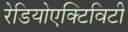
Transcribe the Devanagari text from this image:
रेडियोएक्टिविटी